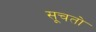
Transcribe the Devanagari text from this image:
सूचतो